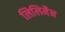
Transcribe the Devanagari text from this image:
लिलिमैन